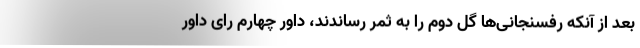
بعد از آنکه رفسنجانی‌ها گل دوم را به ثمر رساندند، داور چهارم رای داور